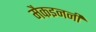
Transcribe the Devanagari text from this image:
मैकइनर्नी